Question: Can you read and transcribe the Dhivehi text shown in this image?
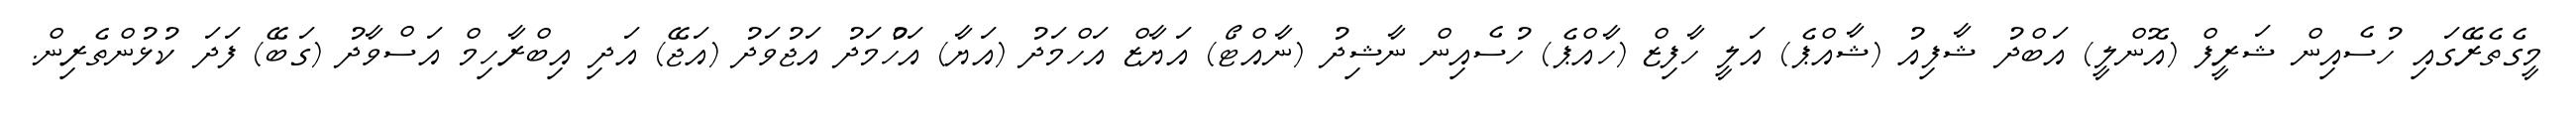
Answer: މީގެތެރޭގައި ހުސެއިން ޝަރީފް (އޮންލީ) އަބްދު ޝާފިއު (ޝާއްޕެ) އަލީ ހާފިޒް (ހާއްޕެ) ހުސެއިން ނާޝިދު (ނާއްޓޯ) އަޔާޒް އަހްމަދު (އަޔާ) އަހުްމަދު އަޖުވަދު (އަޖޭ) އަދި އިބްރާހިމް އަސްވާދު (ގަބޭ) ފަދަ ކުޅުންތެރިން.